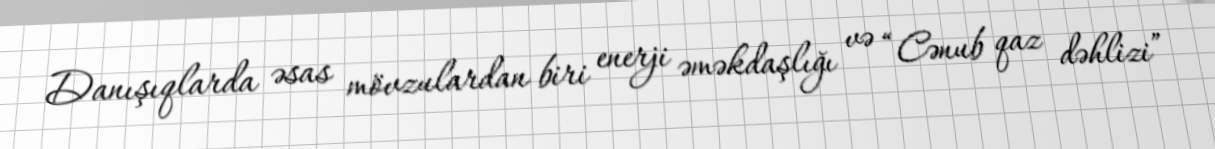
Danışıqlarda əsas mövzulardan biri enerji əməkdaşlığı və “Cənub qaz dəhlizi”